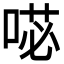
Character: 𭈺